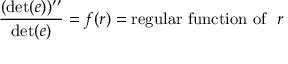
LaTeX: { \frac { ( \operatorname * { d e t } ( e ) ) ^ { \prime \prime } } { \operatorname * { d e t } ( e ) } } = f ( r ) = \mathrm { r e g u l a r ~ f u n c t i o n ~ o f } ~ ~ r